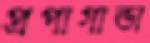
প্রপাগান্ডা